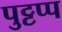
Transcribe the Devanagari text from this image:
पुट्टप्प